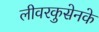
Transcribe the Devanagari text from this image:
लीवरकुसेनके